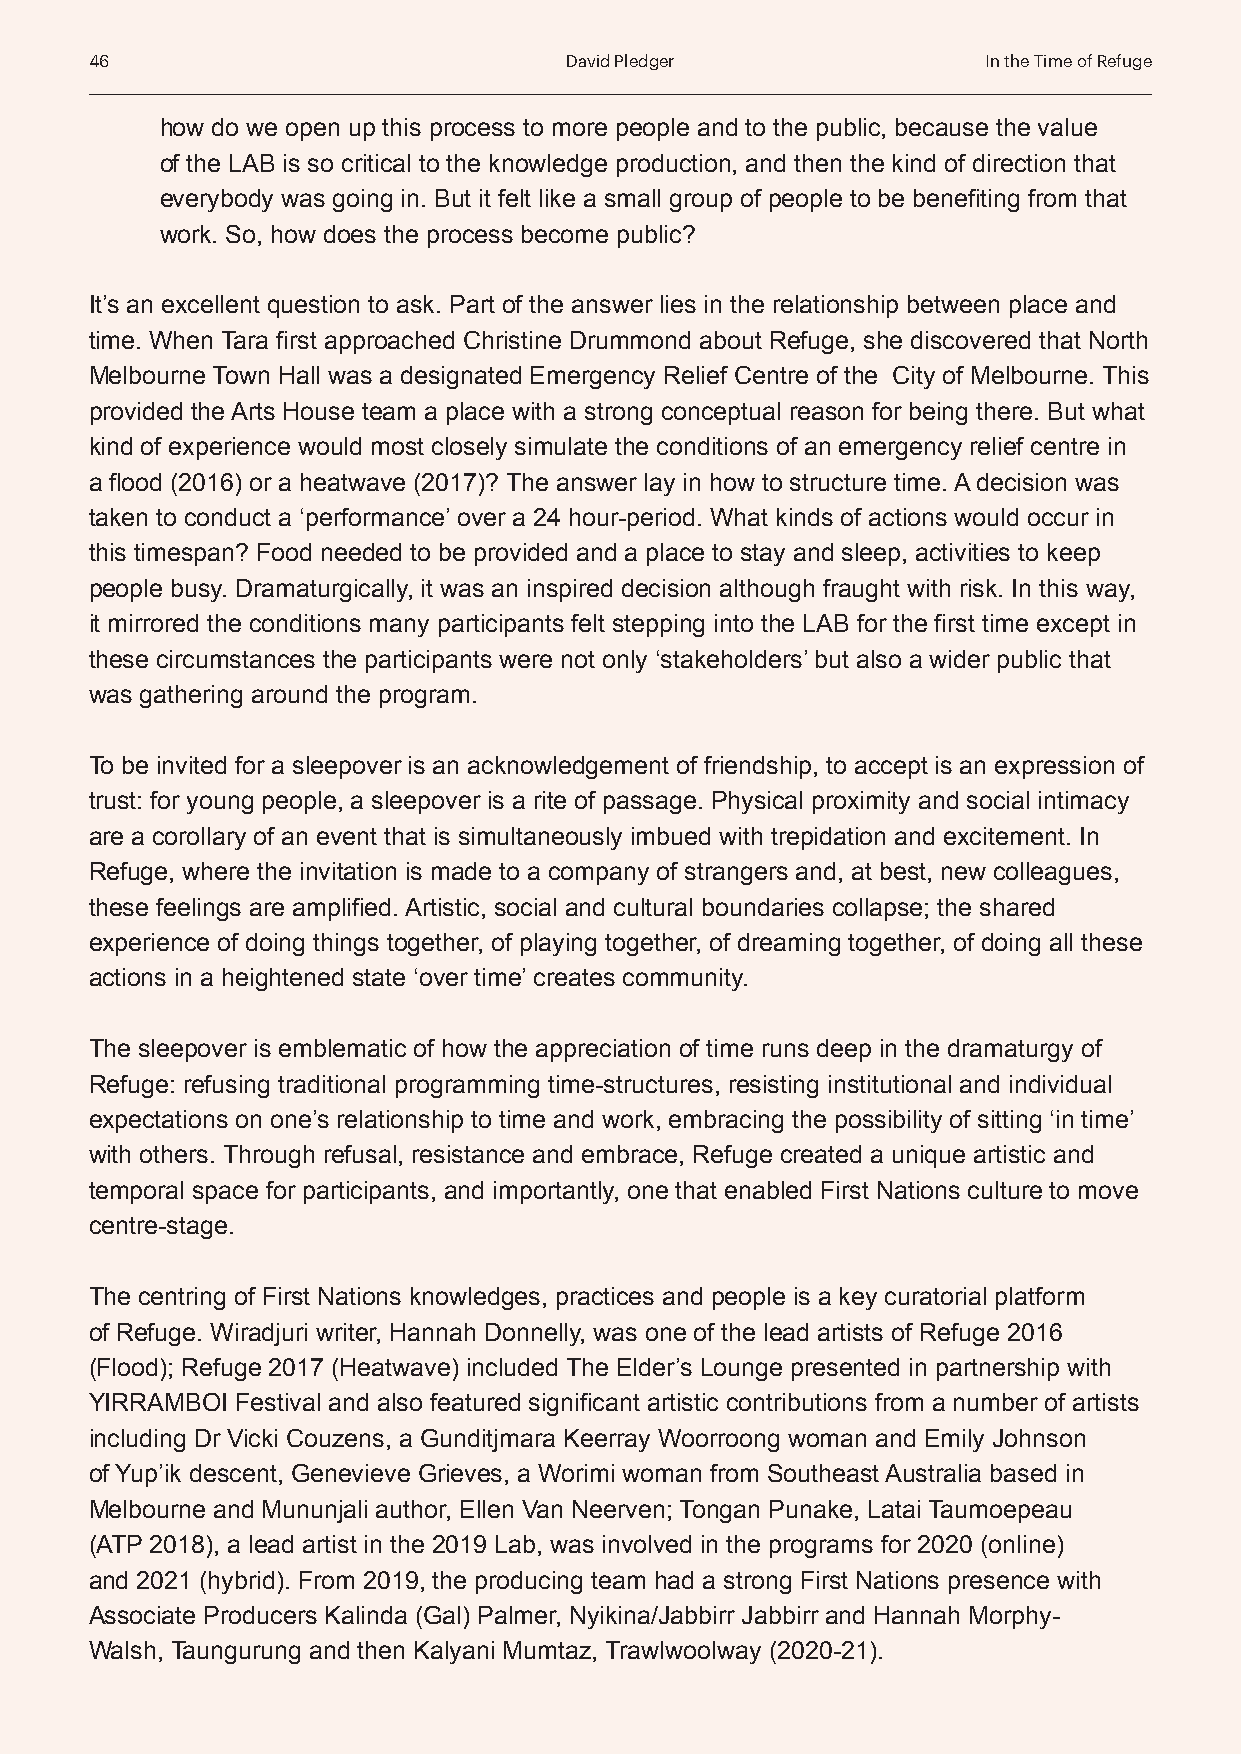
46                             David Pledger               In the Time of Refuge
 how do we open up this process to more people and to the public, because the value
 of the LAB is so critical to the knowledge production, and then the kind of direction that
 everybody was going in. But it felt like a small group of people to be benefiting from that
 work. So, how does the process become public?
 It’s an excellent question to ask. Part of the answer lies in the relationship between place and
 time. When Tara first approached Christine Drummond about Refuge, she discovered that North
 Melbourne Town Hall was a designated Emergency Relief Centre of the City of Melbourne. This
 provided the Arts House team a place with a strong conceptual reason for being there. But what
 kind of experience would most closely simulate the conditions of an emergency relief centre in
 a flood (2016) or a heatwave (2017)? The answer lay in how to structure time. A decision was
 taken to conduct a ‘performance’ over a 24 hour-period. What kinds of actions would occur in
 this timespan? Food needed to be provided and a place to stay and sleep, activities to keep
 people busy. Dramaturgically, it was an inspired decision although fraught with risk. In this way,
 it mirrored the conditions many participants felt stepping into the LAB for the first time except in
 these circumstances the participants were not only ‘stakeholders’ but also a wider public that
 was gathering around the program.
 To be invited for a sleepover is an acknowledgement of friendship, to accept is an expression of
 trust: for young people, a sleepover is a rite of passage. Physical proximity and social intimacy
 are a corollary of an event that is simultaneously imbued with trepidation and excitement. In
 Refuge, where the invitation is made to a company of strangers and, at best, new colleagues,
 these feelings are amplified. Artistic, social and cultural boundaries collapse; the shared
 experience of doing things together, of playing together, of dreaming together, of doing all these
 actions in a heightened state ‘over time’ creates community.
 The sleepover is emblematic of how the appreciation of time runs deep in the dramaturgy of
 Refuge: refusing traditional programming time-structures, resisting institutional and individual
 expectations on one’s relationship to time and work, embracing the possibility of sitting ‘in time’
 with others. Through refusal, resistance and embrace, Refuge created a unique artistic and
 temporal space for participants, and importantly, one that enabled First Nations culture to move
 centre-stage.
 The centring of First Nations knowledges, practices and people is a key curatorial platform
 of Refuge. Wiradjuri writer, Hannah Donnelly, was one of the lead artists of Refuge 2016
 (Flood); Refuge 2017 (Heatwave) included The Elder’s Lounge presented in partnership with
 YIRRAMBOI Festival and also featured significant artistic contributions from a number of artists
 including Dr Vicki Couzens, a Gunditjmara Keerray Woorroong woman and Emily Johnson
 of Yup’ik descent, Genevieve Grieves, a Worimi woman from Southeast Australia based in
 Melbourne and Mununjali author, Ellen Van Neerven; Tongan Punake, Latai Taumoepeau
 (ATP 2018), a lead artist in the 2019 Lab, was involved in the programs for 2020 (online)
 and 2021 (hybrid). From 2019, the producing team had a strong First Nations presence with
 Associate Producers Kalinda (Gal) Palmer, Nyikina/Jabbirr Jabbirr and Hannah Morphy-
 Walsh, Taungurung and then Kalyani Mumtaz, Trawlwoolway (2020-21).